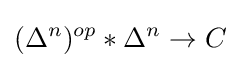
(\Delta ^{n})^{op}*\Delta ^{n}\to C